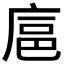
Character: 𪪘